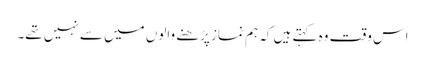
اس وقت وہ کہتے ہیں کہ ہم نماز پڑھنے والوں میں سے نہیں تھے۔